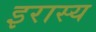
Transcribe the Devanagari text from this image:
इरास्य